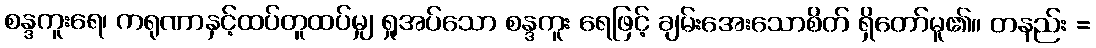
စန္ဒကူးရေ၊ ကရုဏာနှင့်ထပ်တူထပ်မျှ ရှုအပ်သော စန္ဒကူး ရေဖြင့် ချမ်းအေးသောစိတ် ရှိတော်မူ၏။ တနည်း =